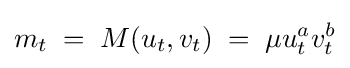
m_{t}\;=\;M(u_{t},v_{t})\;=\;\mu u_{t}^{a}v_{t}^{b}